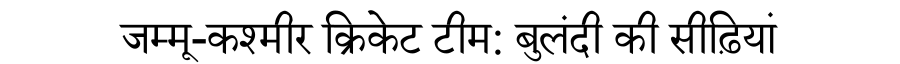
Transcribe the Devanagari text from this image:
जम्मू-कश्मीर क्रिकेट टीम: बुलंदी की सीढ़ियां